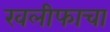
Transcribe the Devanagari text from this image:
खलीफाचा